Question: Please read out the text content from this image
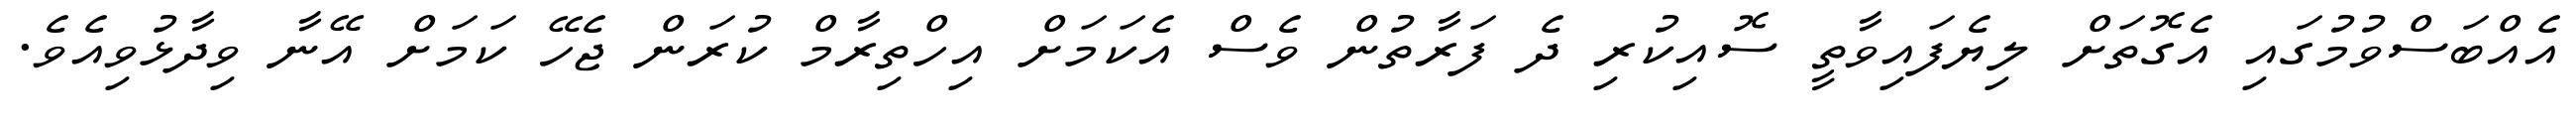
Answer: އެއްބަސްވުމުގައި އެގޮތަށް ލިޔެފައިވާތީ ސޮއިކުރި ދެ ފަރާތުން ވެސް އެކަމަށް އިހްތިރާމް ކުރަން ޖެހޭ ކަމަށް އޭނާ ވިދާޅުވިއެވެ.